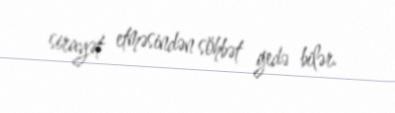
sirayət etməsindən söhbət gedə bilər.